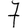
Digit: 7